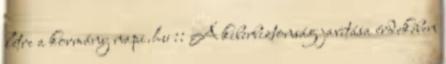
létre a kormány napi.hu :: A kiberbiztonság javítása érdekében